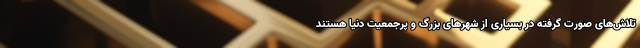
تلاش‌های صورت گرفته در بسیاری از شهرهای بزرگ و پرجمعیت دنیا هستند